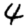
Digit: 4